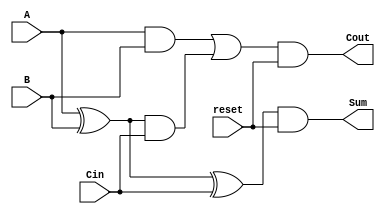
/*`define INPUT_BIT_SIZE 4
`define OUTPUT_BIT_SIZE 2*INPUT_BIT_SIZE
`define ROW_SIZE INPUT_BIT_SIZE-1*/

module full_adder (
    input A, // Sumando 1
    input B, // Sumando 2
    input reset, // Seal de reset
    input Cin, // Acarreo de entrada
    output Sum, // Resultado de la suma
    output Cout // Acarreo de salida
);
    wire L, K;

    assign L = A & B;
    assign K = A ^ B;

    assign Sum = (K ^ Cin) & reset;
    assign Cout = (L | (K & Cin)) & reset;

endmodule


module arr_multiplier_4b (InA, InB, Reset, Out);


// Entradas y salidas del modulo
input [3:0]          InA;
input [3:0]          InB;
input                Reset;
output [7:0]         Out;


// Senales internas
wire [4:0] C [2:0];            // Carry de cada sumador
wire [3:0] Adder_Result [3:0];    // Resultado de cada sumador
wire zero;                                              // Senal conectada a cero permanentemente
wire adder_carry;

assign zero = 1'b0;
assign adder_carry = 1'b1;

genvar row, col;
generate
    for (row=0; row<3; row=row+1) 
    begin:ROW
        if (row == 0) 
        begin
            for (col=0; col<4; col=col+1)
            begin:COL
                if (col == 0)   // Columna 0, Cin=0
                begin
                    full_adder adder (.A(InA[col+1] & InB[row]), .B(InA[col] & InB[row+1]), .Cin(zero), .Cout(C[row][col+1]), .Sum(Adder_Result[row][col]), .reset(Reset) );
                end
                else if (col == 1 || col == 2)   // Columnas 1 y 2
                begin
                    full_adder adder (.A(InA[col+1] & InB[row]), .B(InA[col] & InB[row+1]), .Cin(C[row][col]), .Cout(C[row][col+1]), .Sum(Adder_Result[row][col]), .reset(Reset));
                end
                else    // Columna 3, entrada A del sumador es cero
                begin
                    full_adder adder (.A(zero), .B(InA[col] & InB[row+1]), .Cin(C[row][col]), .Cout(C[row][col+1]), .Sum(Adder_Result[row][col]), .reset(Reset));
                end
            end
        end

        else
        begin
            for (col=0; col<4; col=col+1)
            begin:COL
                if (col == 0) // Columna 0, Cin = 0
                begin
                    full_adder adder (.A(Adder_Result[row-1][col+1]), .B(InA[col] & InB[row+1]), .Cin(zero), .Cout(C[row][col+1]), .Sum(Adder_Result[row][col]), .reset(Reset));
                end
                else if (col == 1 || col == 2)   // Columnas 1 y 2
                begin
                    full_adder adder (.A(Adder_Result[row-1][col+1]), .B(InA[col] & InB[row+1]), .Cin(C[row][col]), .Cout(C[row][col+1]), .Sum(Adder_Result[row][col]), .reset(Reset));
                end
                else    // Columna 3, entrada A del sumador es C[row-1][col+1]
                begin
                    full_adder adder (.A(C[row-1][col+1]), .B(InA[col] & InB[row+1]), .Cin(C[row][col]), .Cout(C[row][col+1]), .Sum(Adder_Result[row][col]), .reset(Reset));
                end
            end
        end
    end
endgenerate

// Asignar resultado final
assign Out = {C[2][4], Adder_Result[2][3], Adder_Result[2][2], Adder_Result[2][1], Adder_Result[2][0], Adder_Result[1][0], Adder_Result[0][0], InA[0]&InB[0]};
//assign Out = {C[ROW_SIZE][INPUT_BIT_SIZE], Adder_Result[ROW_SIZE-1], Adder_Result[ROW_SIZE-2][0], Adder_Result[ROW_SIZE-3][0], (InA[0]&InB[0])};
endmodule